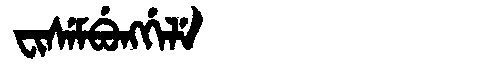
Manchu: ᠸᡳᠰᡝᠮᠪᡠᠩᡤᡝᠯᡝ
Romanization: FISEMBUNGGELE